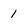
Character: 1